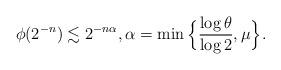
LaTeX: \begin{align*}\phi (2^{-n}) \lesssim 2^{ -n \alpha }, \alpha = \min \Big\{\frac{\log \theta }{\log 2}, \mu \Big\}. \end{align*}